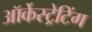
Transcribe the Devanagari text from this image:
ऑर्केस्ट्रेटिंग